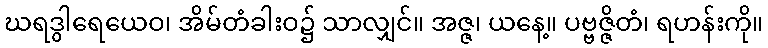
ဃရဒွါရေယေဝ၊ အိမ်တံခါးဝ၌ သာလျှင်။ အဇ္ဇ၊ ယနေ့။ ပဗ္ဗဇ္ဇိတံ၊ ရဟန်းကို။